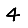
Digit: 4